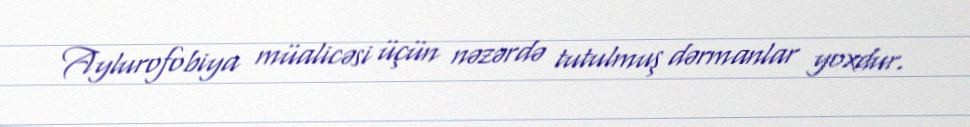
Aylurofobiya müalicəsi üçün nəzərdə tutulmuş dərmanlar yoxdur.